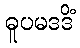
ဓူပမဒဒိံ